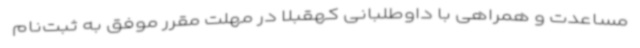
مساعدت و همراهی با داوطلبانی کهقبلاً در مهلت مقرر موفق به ثبت‌نام